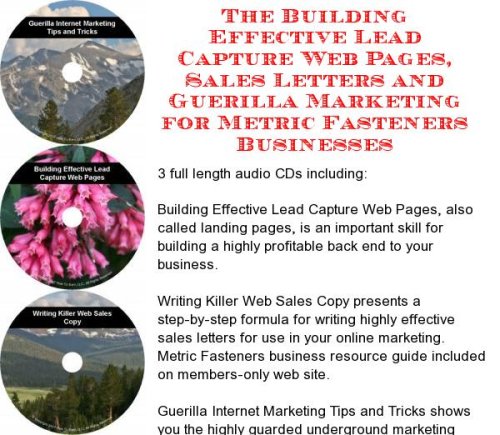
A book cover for The Guerilla Marketing, Building Effective Lead Capture Web Pages, Sales Letters for Metric Fasteners Businesses; J Bowman J Orr; Computers & Technology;